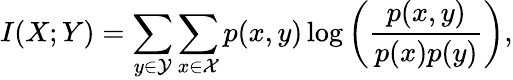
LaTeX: I(X;Y)=\sum_{y\in\mathcal{Y}}\sum_{x\in\mathcal{X}}p(x,y)\log\left(\frac{p(x,y)}{p(x)p(y)}\right),